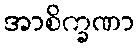
အာစိက္ခဏာ